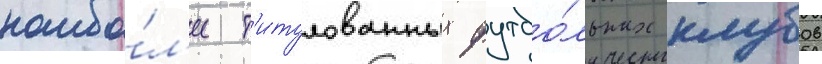
наибо́л'ее т'итулованных футбо́льных клубов